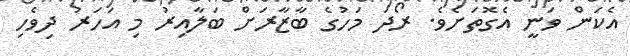
އެކަން ވަނީ އެގޮތަށެވެ. ރޯދަ މަހުގެ ބާޒާރަށް ބަލާއިރު މި އަހަރު ދިވެހި